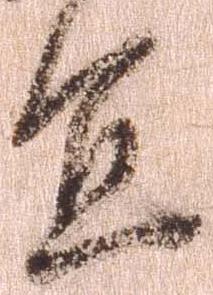
宜